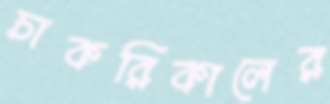
চাকরিকালের